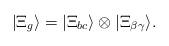
LaTeX: \begin{align*}|\Xi_g\rangle =|\Xi_{bc} \rangle \otimes |\Xi_{\beta\gamma} \rangle.\end{align*}